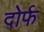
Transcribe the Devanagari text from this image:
दोर्फ